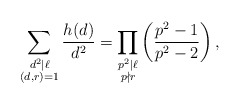
\begin{align*}\sum_{\substack{d^2\mid \ell\\(d,r)=1}}\frac{h(d)}{d^2}=\prod_{\substack{p^2\mid \ell\\p\nmid r}}\left(\frac{p^2-1}{p^2-2}\right),\end{align*}